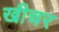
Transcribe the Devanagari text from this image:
खीचर